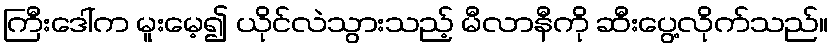
ကြီးဒေါ်က မူးမေ့၍ ယိုင်လဲသွားသည့် မီလာနီကို ဆီးပွေ့လိုက်သည်။